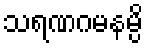
သရဏဂမနမ္ပိ